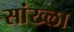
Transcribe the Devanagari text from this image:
सांख्ला